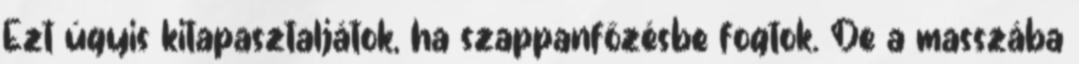
Ezt úgyis kitapasztaljátok, ha szappanfőzésbe fogtok. De a masszába